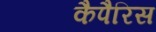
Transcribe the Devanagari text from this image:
कैपैरिस